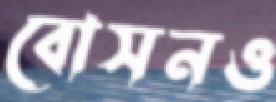
বোসনও